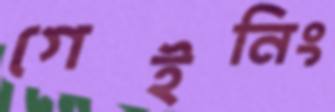
গেইনিং